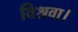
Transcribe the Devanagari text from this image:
विश्रवा।